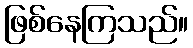
ဖြစ်နေကြသည်။